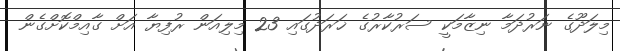
މިލަދޫގެ ނަރުދަމާ ނިޒާމަކީ ސަރުކާރުގެ ޚަރަދުގައި 23 މިލިއަން ރުފިޔާ އަށް ގާއިމްކޮށްގެން